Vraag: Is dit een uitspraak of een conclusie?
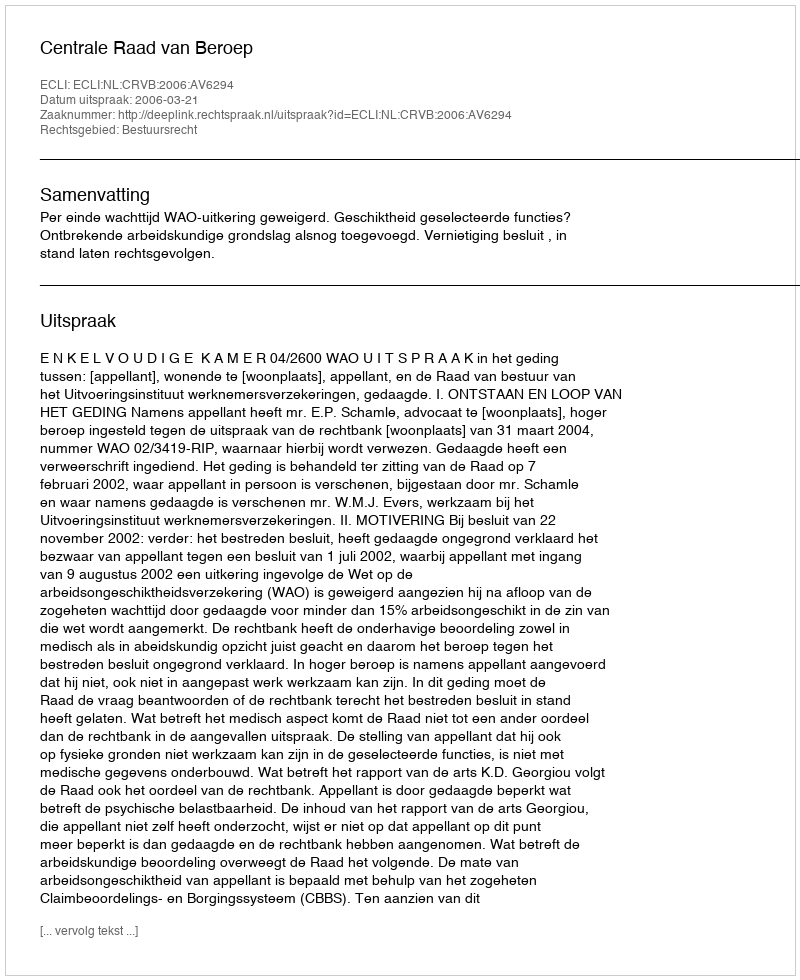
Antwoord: Uitspraak